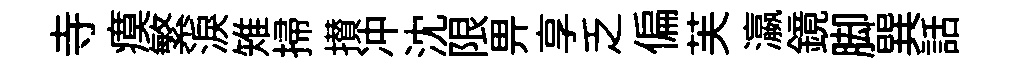
寺瘼繁淚雉掃攅冲沈限畀享乏偏芙瀛鏡脚巽話